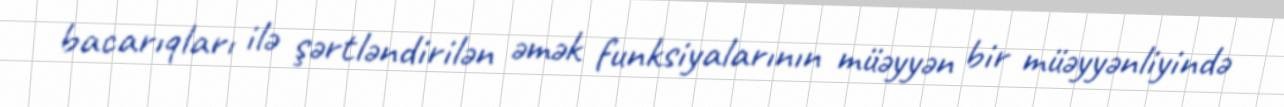
bacarıqları ilə şərtləndirilən əmək funksiyalarının müəyyən bir müəyyənliyində